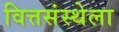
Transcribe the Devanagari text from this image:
वित्तसंस्थेला